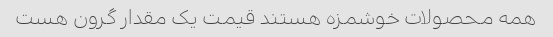
همه محصولات خوشمزه هستند قیمت یک مقدار گرون هست